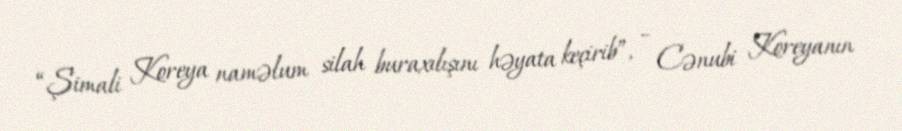
“Şimali Koreya naməlum silah buraxılışını həyata keçirib”, – Cənubi Koreyanın